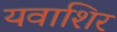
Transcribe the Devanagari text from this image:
यवाशिर